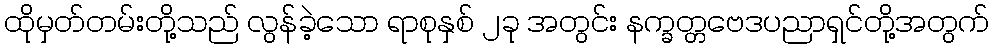
ထိုမှတ်တမ်းတို့သည် လွန်ခဲ့သော ရာစုနှစ် ၂ခု အတွင်း နက္ခတ္တဗေဒပညာရှင်တို့အတွက်